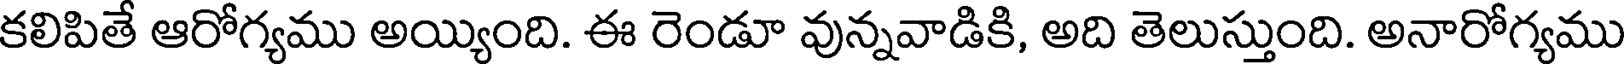
కలిపితే ఆరోగ్యము అయ్యింది. ఈ రెండూ వున్నవాడికి, అది తెలుస్తుంది. అనారోగ్యము